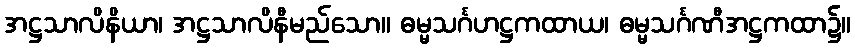
အဋ္ဌသာလိနိယာ၊ အဋ္ဌသာလိနီမည်သော။ ဓမ္မသင်္ဂဟဋ္ဌကထာယ၊ ဓမ္မသင်္ဂဏီအဋ္ဌကထာ၌။